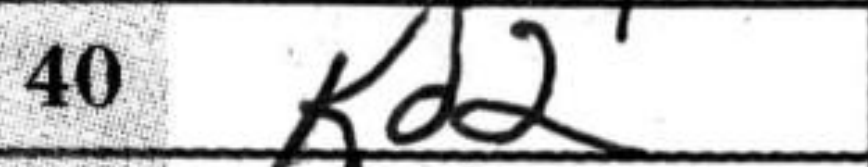
Transcription: Kd2